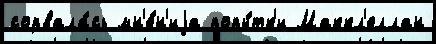
сорвала́сь мн'е́н'иjа попы́тк'и Маккл'еллан